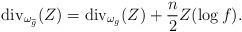
LaTeX: \begin{align*}{\rm div}_{\omega_{\widetilde{g}}}(Z)={\rm div}_{\omega_g}(Z)+\frac{n}{2}Z(\log f).\end{align*}